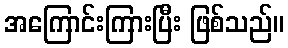
အကြောင်းကြားပြီး ဖြစ်သည်။